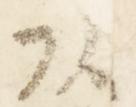
頭